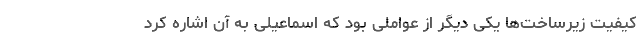
کیفیت زیرساخت‌ها یکی دیگر از عواملی بود که اسماعیلی به آن اشاره کرد